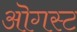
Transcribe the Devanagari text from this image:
ऒगस्ट